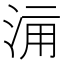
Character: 𣵋